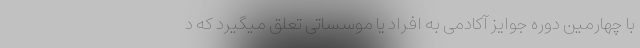
با چهارمین دوره جوایز آکادمی به افراد یا موسساتی تعلق میگیرد که د